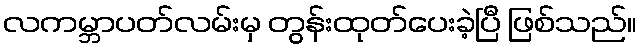
လကမ္ဘာပတ်လမ်းမှ တွန်းထုတ်ပေးခဲ့ပြီ ဖြစ်သည်။